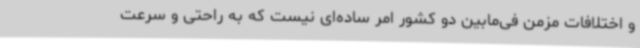
و اختلافات مزمن فی‌مابین دو کشور امر ساده‌ای نیست که به راحتی و سرعت